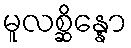
မူလစ္ဆိန္နော